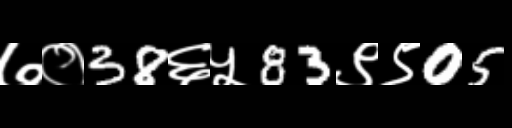
Text: ७०38६५83९९05